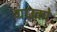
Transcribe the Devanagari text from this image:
ग्राउको